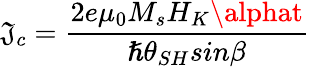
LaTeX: \mathfrak{J}_{c}=\frac{{2e{\mu}_{0}M_{s}H_{K}\alphat}}{{\hslash{\theta}_{SH}sin\beta}}